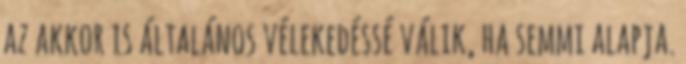
az akkor is általános vélekedéssé válik, ha semmi alapja.